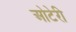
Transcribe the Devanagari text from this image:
ओटेरी